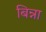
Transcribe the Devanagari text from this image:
बिन्ना